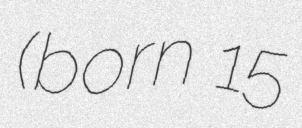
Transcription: (born 15